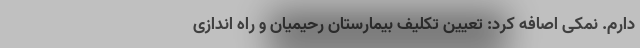
دارم. نمکی اصافه کرد: تعیین تکلیف بیمارستان رحیمیان و راه اندازی